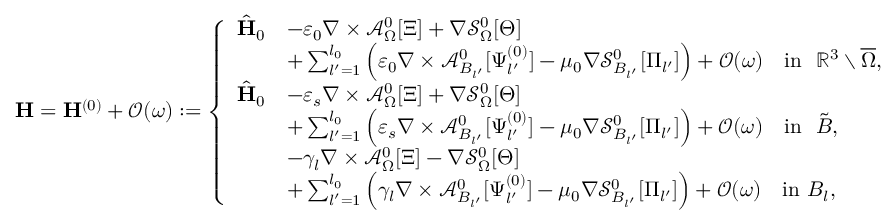
\mathbf { H } = \mathbf { H } ^ { ( 0 ) } + \mathcal { O } ( \omega ) : = \left\{ \begin{array} { r l } { \hat { \mathbf { H } } _ { 0 } } & { - \varepsilon _ { 0 } \nabla \times \mathcal { A } _ { \Omega } ^ { 0 } [ \Xi ] + \nabla \mathcal { S } _ { \Omega } ^ { 0 } [ \Theta ] } \\ & { + \sum _ { l ^ { \prime } = 1 } ^ { l _ { 0 } } \Big ( \varepsilon _ { 0 } \nabla \times \mathcal { A } _ { B _ { l ^ { \prime } } } ^ { 0 } [ \Psi _ { l ^ { \prime } } ^ { ( 0 ) } ] - \mu _ { 0 } \nabla \mathcal { S } _ { B _ { l ^ { \prime } } } ^ { 0 } [ \Pi _ { l ^ { \prime } } ] \Big ) + \mathcal { O } ( \omega ) \quad \mathrm { i n } \ \ \mathbb { R } ^ { 3 } \setminus \overline { { \Omega } } , } \\ { \hat { \mathbf { H } } _ { 0 } } & { - \varepsilon _ { s } \nabla \times \mathcal { A } _ { \Omega } ^ { 0 } [ \Xi ] + \nabla \mathcal { S } _ { \Omega } ^ { 0 } [ \Theta ] } \\ & { + \sum _ { l ^ { \prime } = 1 } ^ { l _ { 0 } } \Big ( \varepsilon _ { s } \nabla \times \mathcal { A } _ { B _ { l ^ { \prime } } } ^ { 0 } [ \Psi _ { l ^ { \prime } } ^ { ( 0 ) } ] - \mu _ { 0 } \nabla \mathcal { S } _ { B _ { l ^ { \prime } } } ^ { 0 } [ \Pi _ { l ^ { \prime } } ] \Big ) + \mathcal { O } ( \omega ) \quad \mathrm { i n } \ \ \tilde { B } , } \\ & { - \gamma _ { l } \nabla \times \mathcal { A } _ { \Omega } ^ { 0 } [ \Xi ] - \nabla \mathcal { S } _ { \Omega } ^ { 0 } [ \Theta ] } \\ & { + \sum _ { l ^ { \prime } = 1 } ^ { l _ { 0 } } \Big ( \gamma _ { l } \nabla \times \mathcal { A } _ { B _ { l ^ { \prime } } } ^ { 0 } [ \Psi _ { l ^ { \prime } } ^ { ( 0 ) } ] - \mu _ { 0 } \nabla \mathcal { S } _ { B _ { l ^ { \prime } } } ^ { 0 } [ \Pi _ { l ^ { \prime } } ] \Big ) + \mathcal { O } ( \omega ) \quad \mathrm { i n } \ B _ { l } , } \end{array} \right.